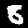
Digit: 8